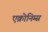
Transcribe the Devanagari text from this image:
एक्रोनिम्स